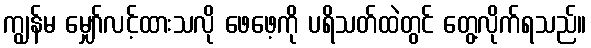
ကျွန်မ မျှော်လင့်ထားသလို ဖေဖေ့ကို ပရိသတ်ထဲတွင် တွေ့လိုက်ရသည်။